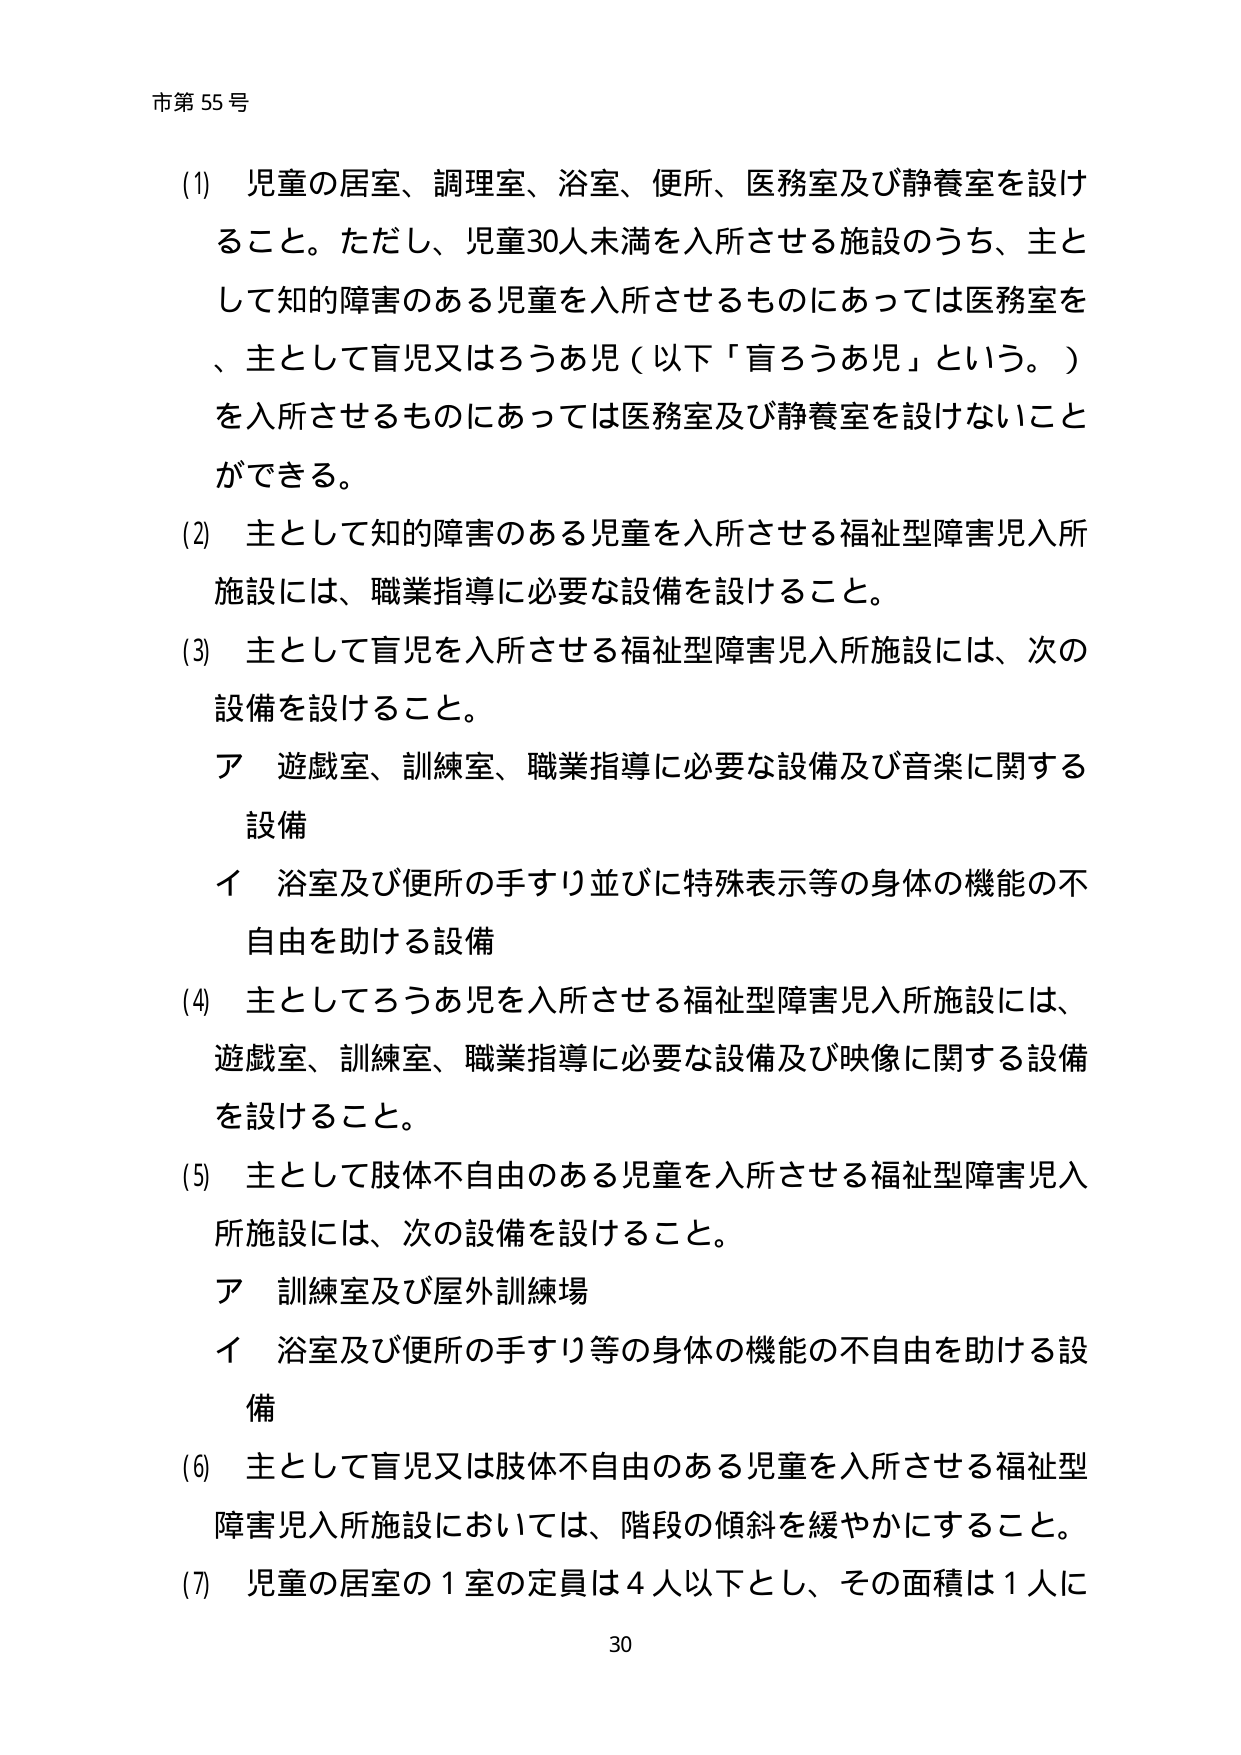
市第55号

(1) 児童の居室、調理室、浴室、便所、医務室及び静養室を設けること。ただし、児童30人未満を入所させる施設のうち、主として知的障害のある児童を入所させるものにあっては医務室を、主として盲児又はろうあ児（以下「盲ろうあ児」という。）を入所させるものにあっては医務室及び静養室を設けないことができる。

(2) 主として知的障害のある児童を入所させる福祉型障害児入所施設には、職業指導に必要な設備を設けること。

(3) 主として盲児を入所させる福祉型障害児入所施設には、次の設備を設けること。
　ア 遊戯室、訓練室、職業指導に必要な設備及び音楽に関する設備
　イ 浴室及び便所の手すり並びに特殊表示等の身体の機能の不自由を助ける設備

(4) 主としてろうあ児を入所させる福祉型障害児入所施設には、遊戯室、訓練室、職業指導に必要な設備及び映像に関する設備を設けること。

(5) 主として肢体不自由のある児童を入所させる福祉型障害児入所施設には、次の設備を設けること。
　ア 訓練室及び屋外訓練場
　イ 浴室及び便所の手すり等の身体の機能の不自由を助ける設備

(6) 主として盲児又は肢体不自由のある児童を入所させる福祉型障害児入所施設においては、階段の傾斜を緩やかにすること。

(7) 児童の居室の1室の定員は4人以下とし、その面積は1人に

30